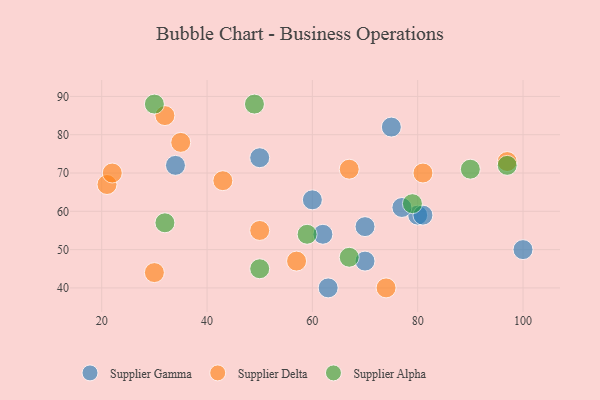
{"axis": {"x": "GDP", "y": "Life Expectancy"}, "legend": ["Supplier Alpha", "Supplier Delta", "Supplier Gamma"], "data": [{"x": "60", "y": 63, "type": "Supplier Gamma"}, {"x": "34", "y": 72, "type": "Supplier Gamma"}, {"x": "75", "y": 82, "type": "Supplier Gamma"}, {"x": "80", "y": 59, "type": "Supplier Gamma"}, {"x": "63", "y": 40, "type": "Supplier Gamma"}, {"x": "100", "y": 50, "type": "Supplier Gamma"}, {"x": "77", "y": 61, "type": "Supplier Gamma"}, {"x": "70", "y": 56, "type": "Supplier Gamma"}, {"x": "70", "y": 47, "type": "Supplier Gamma"}, {"x": "50", "y": 74, "type": "Supplier Gamma"}, {"x": "62", "y": 54, "type": "Supplier Gamma"}, {"x": "81", "y": 59, "type": "Supplier Gamma"}, {"x": "57", "y": 47, "type": "Supplier Delta"}, {"x": "67", "y": 71, "type": "Supplier Delta"}, {"x": "21", "y": 67, "type": "Supplier Delta"}, {"x": "32", "y": 85, "type": "Supplier Delta"}, {"x": "43", "y": 68, "type": "Supplier Delta"}, {"x": "97", "y": 73, "type": "Supplier Delta"}, {"x": "81", "y": 70, "type": "Supplier Delta"}, {"x": "35", "y": 78, "type": "Supplier Delta"}, {"x": "74", "y": 40, "type": "Supplier Delta"}, {"x": "50", "y": 55, "type": "Supplier Delta"}, {"x": "22", "y": 70, "type": "Supplier Delta"}, {"x": "30", "y": 44, "type": "Supplier Delta"}, {"x": "59", "y": 54, "type": "Supplier Alpha"}, {"x": "32", "y": 57, "type": "Supplier Alpha"}, {"x": "79", "y": 62, "type": "Supplier Alpha"}, {"x": "67", "y": 48, "type": "Supplier Alpha"}, {"x": "90", "y": 71, "type": "Supplier Alpha"}, {"x": "97", "y": 72, "type": "Supplier Alpha"}, {"x": "50", "y": 45, "type": "Supplier Alpha"}, {"x": "49", "y": 88, "type": "Supplier Alpha"}, {"x": "30", "y": 88, "type": "Supplier Alpha"}]}